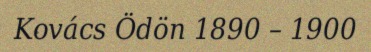
Kovács Ödön 1890 – 1900